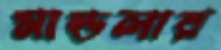
মান্ডলার